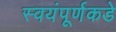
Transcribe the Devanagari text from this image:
स्वयंपूर्णकडे